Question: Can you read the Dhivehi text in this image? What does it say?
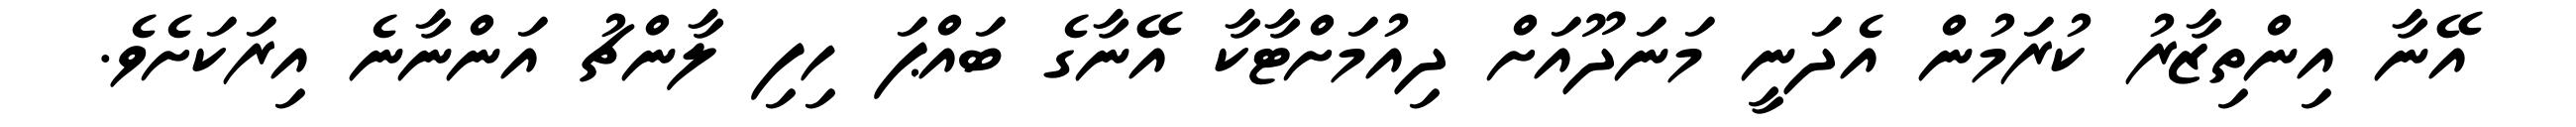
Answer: އޭނާ އިންތިޒާރު ކުރަމުން އެދަނީ މަނަދޫއަށް ދިއުމަށްޓާކާ އޭނާގެ ބައްޕަ ހިފި ލާންޗު އަންނާނެ އިރަކަށެވެ.